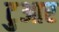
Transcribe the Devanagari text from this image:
टुआर